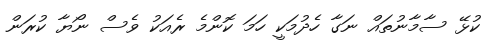
ކުޅޭ ސާމާނުތައް ނަގާ ހެދުމަކީ ހަމަ ކޮންމެ ރެއަކު ވެސް ނޯޔާ ކުރަން